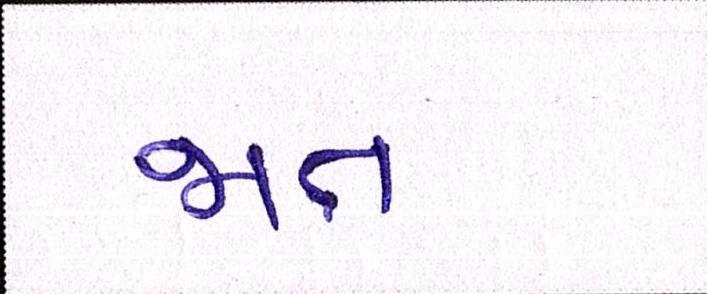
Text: જાત